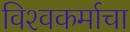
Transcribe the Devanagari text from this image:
विश्‍वकर्माचा